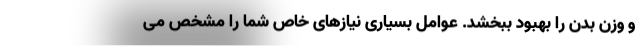
و وزن بدن را بهبود ببخشد. عوامل بسیاری نیازهای خاص شما را مشخص می